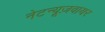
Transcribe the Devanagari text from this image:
नेटन्यूज़वायर